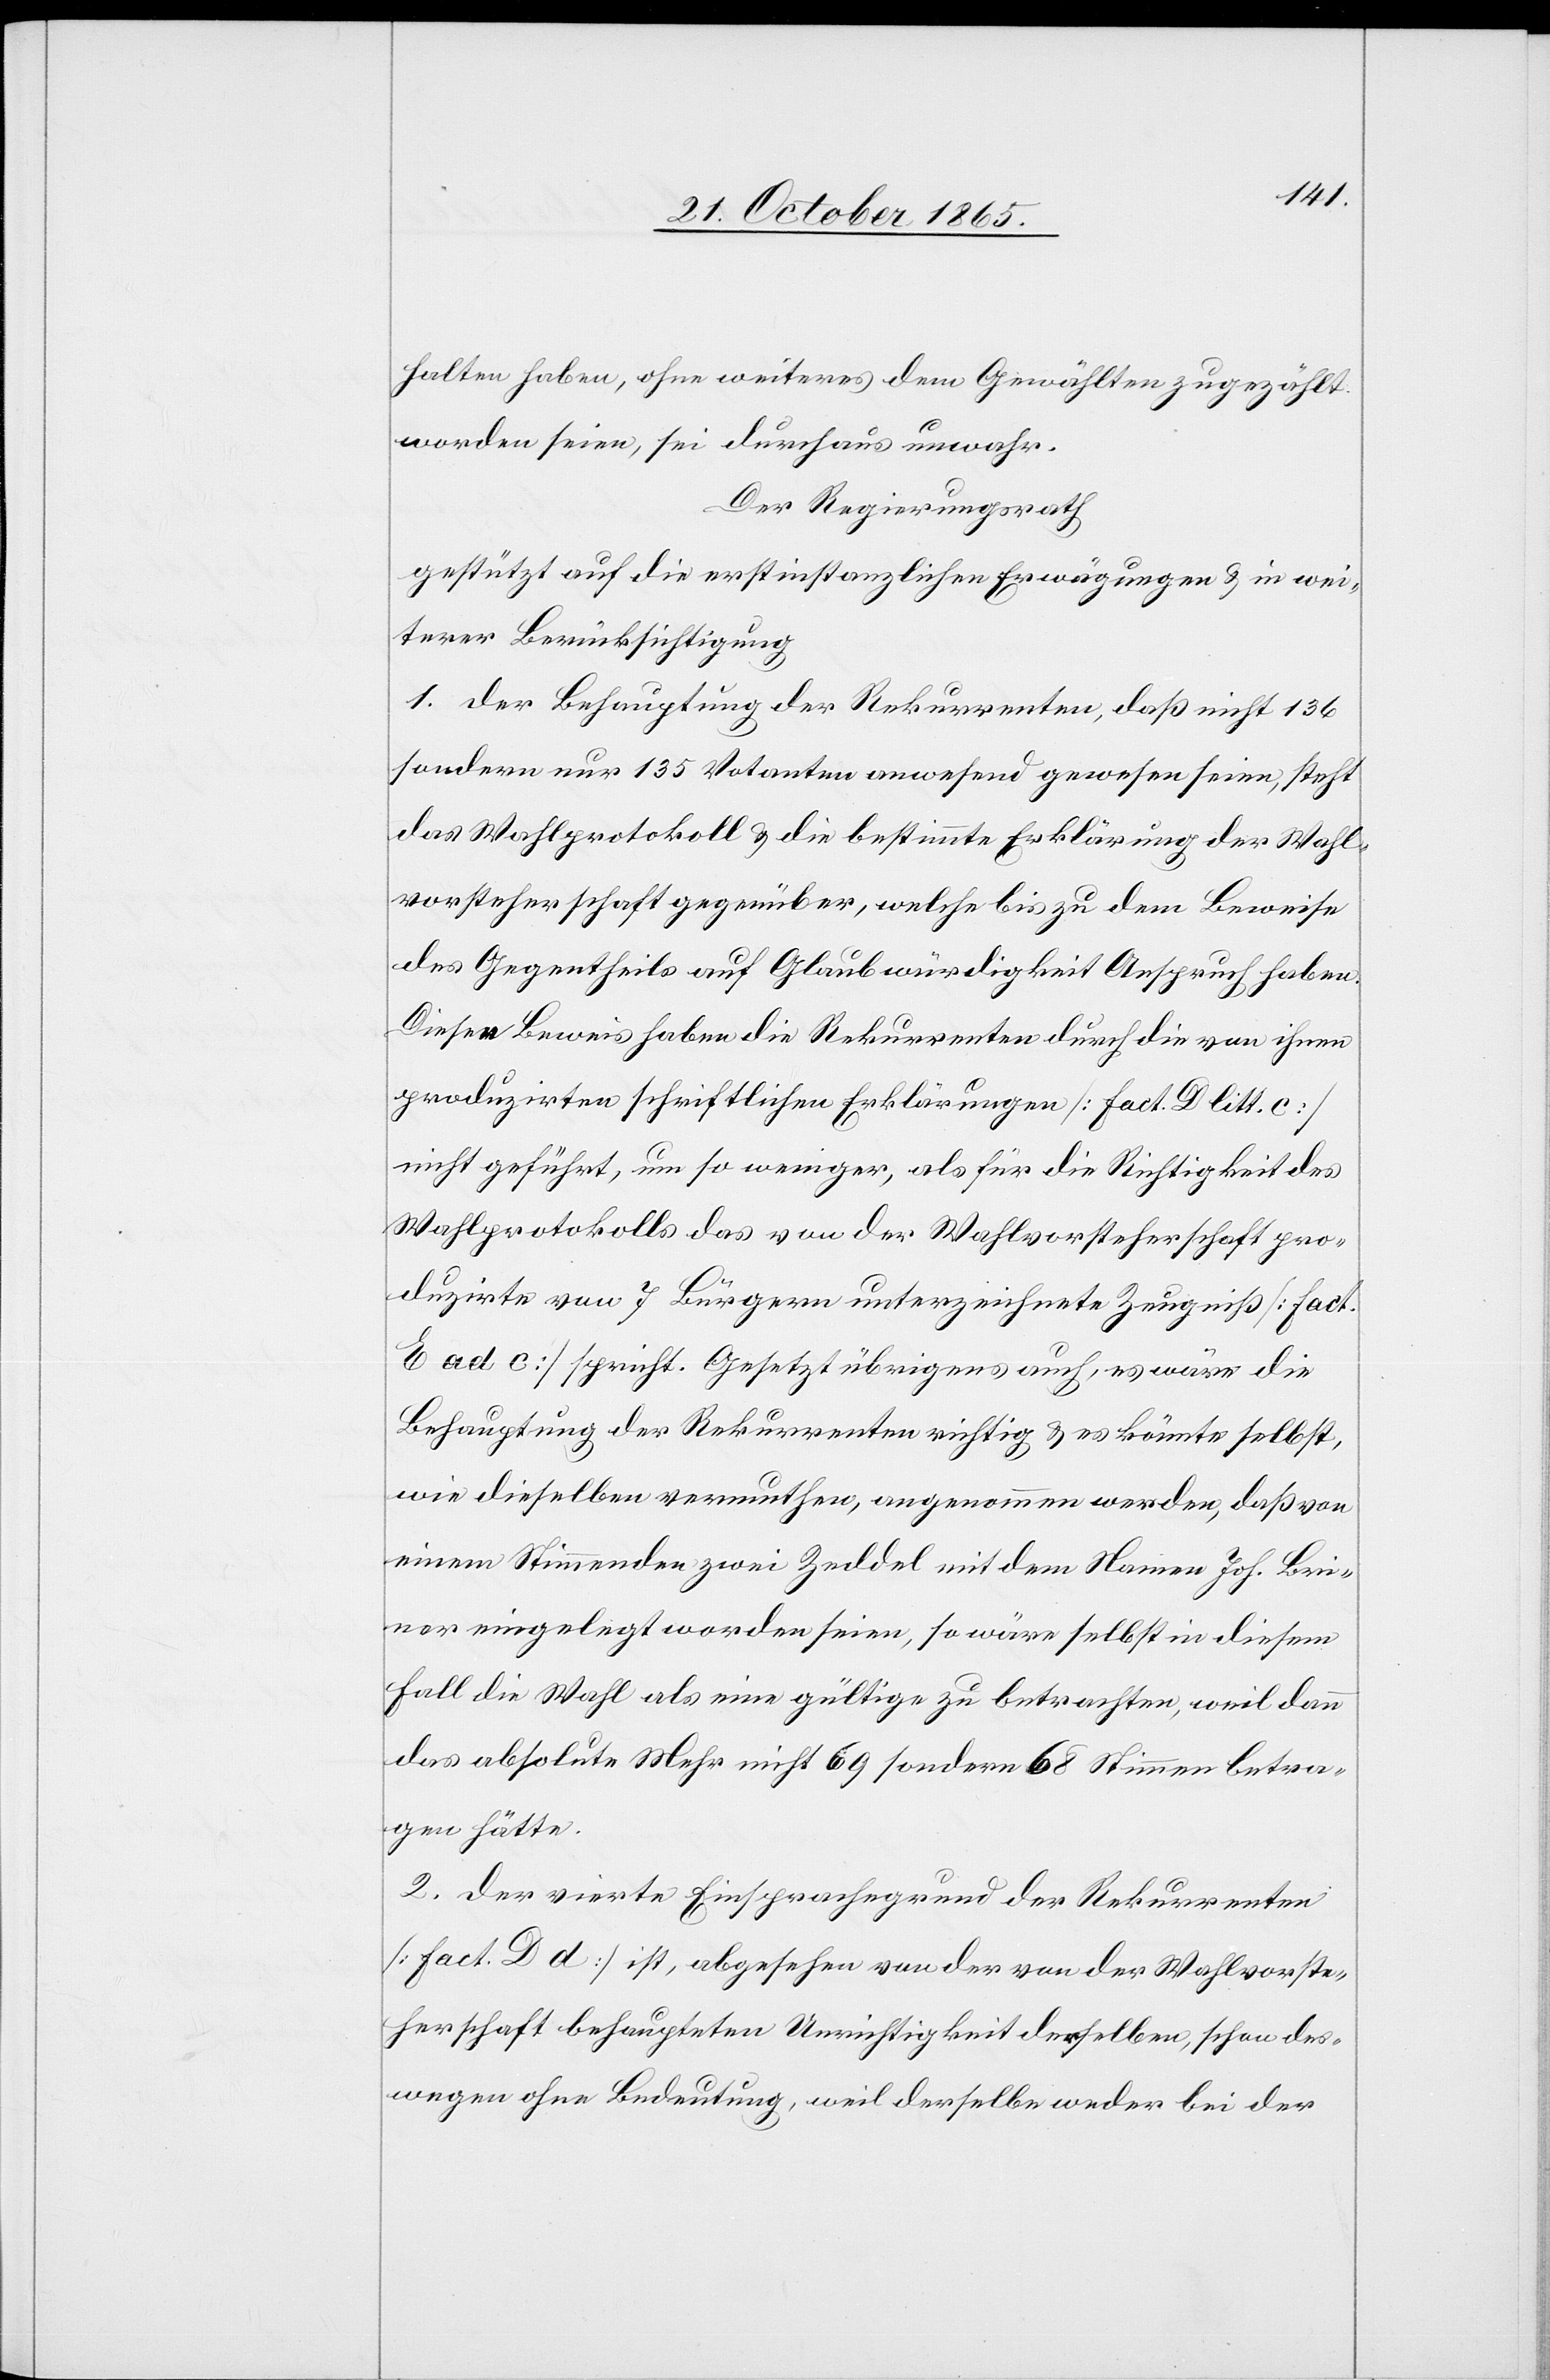
halten haben, ohne weiteres dem Gewählten zugezählt
worden seien, sei durchaus unwahr.
Der Regierungsrath
gestützt auf die erstinstanzlichen Erwägungen & in wei¬
terer Berücksichtigung
1. der Behauptung der Rekurrenten, daß nicht 136
sondern nur 135 Votanten anwesend gewesen seien, steht
das Wahlprotokoll & die bestimmte Erklärung der Wahl¬
vorsteherschaft gegenüber, welche bis zu dem Beweise
des Gegentheils auf Glaubwürdigkeit Anspruch haben.
Diesen Beweis haben die Rekurrenten durch die von ihnen
produzirten schriftlichen Erklärungen [Fact. D. litt. c]
nicht geführt, um so weniger, als für die Richtigkeit des
Wahlprotokolls das von der Wahlvorsteherschaft pro¬
duzirte von 7 Bürgern unterzeichnete Zeugniß [Fact.
E ad c] spricht. Gesetzt übrigens auch, es wäre die
Behauptung der Rekurrenten richtig & es könnte selbst,
wie dieselben vermuthen, angenommen werden, daß von
einem Stimmenden zwei Zeddel mit dem Namen Joh. Bri¬
ner eingelegt worden seien, so wäre selbst in diesem
Fall die Wahl als eine gültige zu betrachten, weil dann
das absolute Mehr nicht 69 sondern 68 Stimmen betra¬
gen hätte.
2. Der vierte Einsprachegrund der Rekurrenten
[Fact. D d] ist, abgesehen von der von der Wahlvorste¬
herschaft behaupteten Unrichtigkeit desselben, schon des¬
wegen ohne Bedeutung, weil derselbe weder bei der